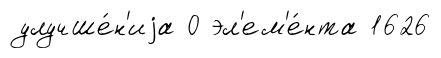
улучше́н'иjа 0 эл'ем'е́нта 1626